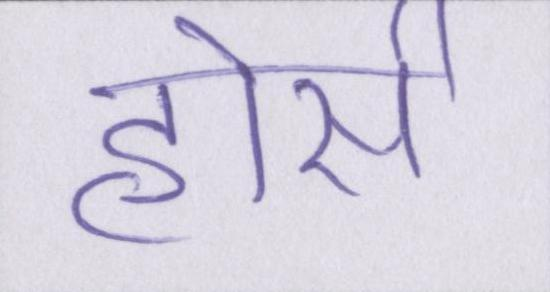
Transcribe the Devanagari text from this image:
होर्स